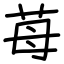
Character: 苺